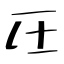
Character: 圧